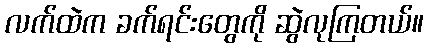
လက်ထဲက ခက်ရင်းတွေကို ဆွဲလုကြတယ်။